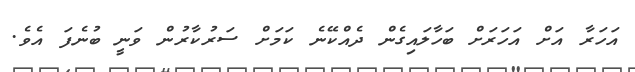
އަހަރާ އަށް އަހަރަށް ބަހާލައިގެން ދެއްކޭނެ ކަމަށް ސަރުކާރުން ވަނީ ބުނެފަ އެވެ.